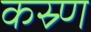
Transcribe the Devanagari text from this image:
कस्र्ण